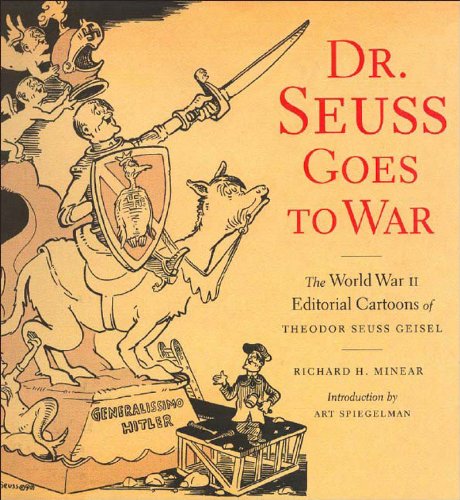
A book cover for Dr. Seuss Goes to War: The World War II Editorial Cartoons of Theodor Seuss Geisel; Richard H. Minear; Humor & Entertainment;